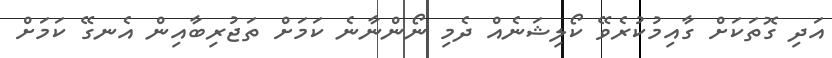
އަދި ގޮތަކަށް ގާއިމުކުރެވޭ ކޯލިޝަނެއް ދެމި ނޯންނާނެ ކަމަށް ތަޖުރިބާއިން އެނގޭ ކަމަށް